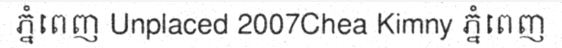
ភ្នំពេញ Unplaced 2007Chea Kimny ភ្នំពេញ